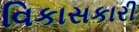
વિકાસકારી